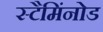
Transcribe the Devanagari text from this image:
स्टैमिंनोड